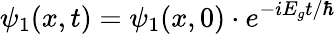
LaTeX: \psi_{1}(x,t)=\psi_{1}(x,0)\cdot e^{-iE_{g}t/\hbar}